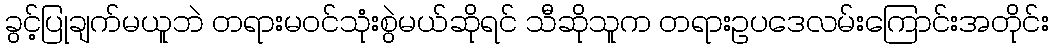
ခွင့်ပြုချက်မယူဘဲ တရားမဝင်သုံးစွဲမယ်ဆိုရင် သီဆိုသူက တရားဥပဒေလမ်းကြောင်းအတိုင်း